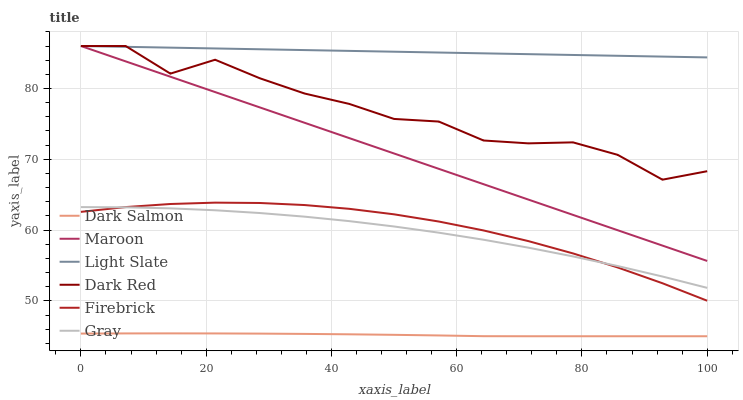
| xaxis_label | Dark Salmon | Maroon | Light Slate | Dark Red | Firebrick | Gray |
 | --- | --- | --- | --- | --- | --- | --- |
 | 0 | 45.4 | 86 | 86 | 86 | 62.6 | 63.2 |
 | 7.14 | 45.4 | 83.8 | 85.9 | 86 | 63.2 | 63.2 |
 | 14.3 | 45.4 | 81.7 | 85.8 | 82.1 | 63.7 | 63.1 |
 | 21.4 | 45.4 | 79.5 | 85.7 | 84.1 | 63.9 | 62.8 |
 | 28.6 | 45.4 | 77.3 | 85.5 | 81.4 | 63.8 | 62.4 |
 | 35.7 | 45.3 | 75.2 | 85.4 | 79.3 | 63.5 | 61.9 |
 | 42.9 | 45.3 | 73 | 85.3 | 77.8 | 63 | 61.3 |
 | 50 | 45.2 | 70.8 | 85.2 | 75.7 | 62.2 | 60.5 |
 | 57.1 | 45.1 | 68.7 | 85.1 | 75.3 | 61.2 | 59.6 |
 | 64.3 | 45 | 66.5 | 85 | 72.7 | 59.9 | 58.6 |
 | 71.4 | 45 | 64.3 | 84.8 | 72.2 | 58.4 | 57.5 |
 | 78.6 | 45 | 62.1 | 84.7 | 72.4 | 56.7 | 56.3 |
 | 85.7 | 45 | 60 | 84.6 | 70.6 | 54.7 | 54.9 |
 | 92.9 | 45 | 57.8 | 84.5 | 67.1 | 52.5 | 53.4 |
 | 100 | 45 | 55.6 | 84.4 | 68.3 | 50 | 51.8 |